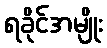
ရခိုင်အမျိုး